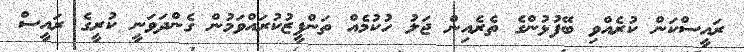
ރައީސްކަން ކުރެއްވި ބޭފުޅުންގެ ތެރެއިން ޖަލު ހުކުމެއް ތަންފީޒުކުރައްވަމުން ގެންދަވަނީ ކުރީގެ ރައީސް